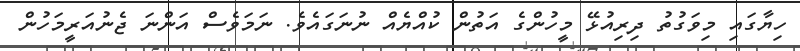
ހިޔާގައި މިވަގުތު ދިރިއުޅޭ މީހުންގެ އަތުން ކުއްޔެއް ނުނަގައެވެ. ނަމަވެސް އަންނަ ޖެނުއަރީމަހުން